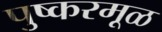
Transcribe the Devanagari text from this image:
पुष्करमूळ